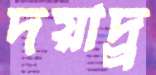
দয়াদ্র্র